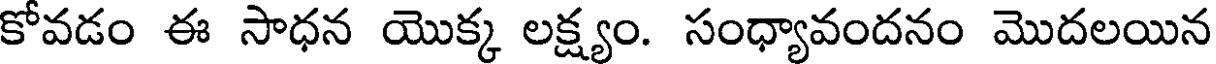
కోవడం ఈ సాధన యొక్క లక్ష్యం. సంధ్యావందనం మొదలయిన